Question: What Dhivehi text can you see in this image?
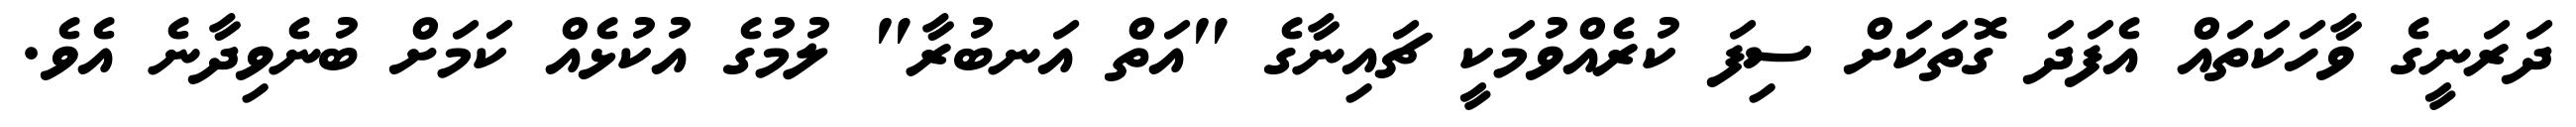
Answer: ދަރަނީގެ ވާހަކަތައް އެފަދަ ގޮތަކަށް ސިފަ ކުރެއްވުމަކީ ޗައިނާގެ "އަތް އަނބުރާ" ލުމުގެ އުކުޅެއް ކަމަށް ބުނެވިދާނެ އެވެ.